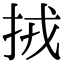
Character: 𢫨